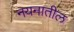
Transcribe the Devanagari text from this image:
नयनातील